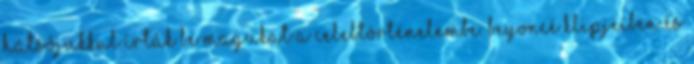
hátsójukkal írták be magukat a celebtörténelembe. Beyoncé klipjeiben és